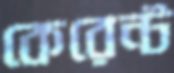
কেরেন্ট